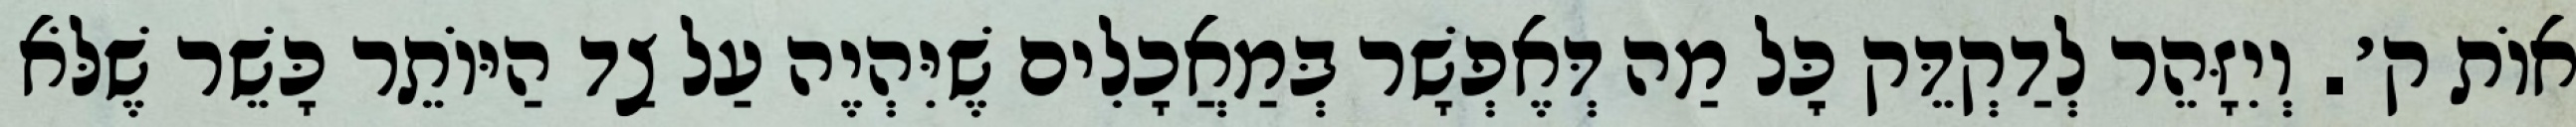
אוֹת ק׳. וְיִזָּהֵר לְדַקְדֵּק כׇּל מַה דְּאֶפְשָׁר בְּמַאֲכָלִים שֶׁיִּהְיֶה עַל צַד הַיּוֹתֵר כָּשֵׁר שֶׁלֹּא